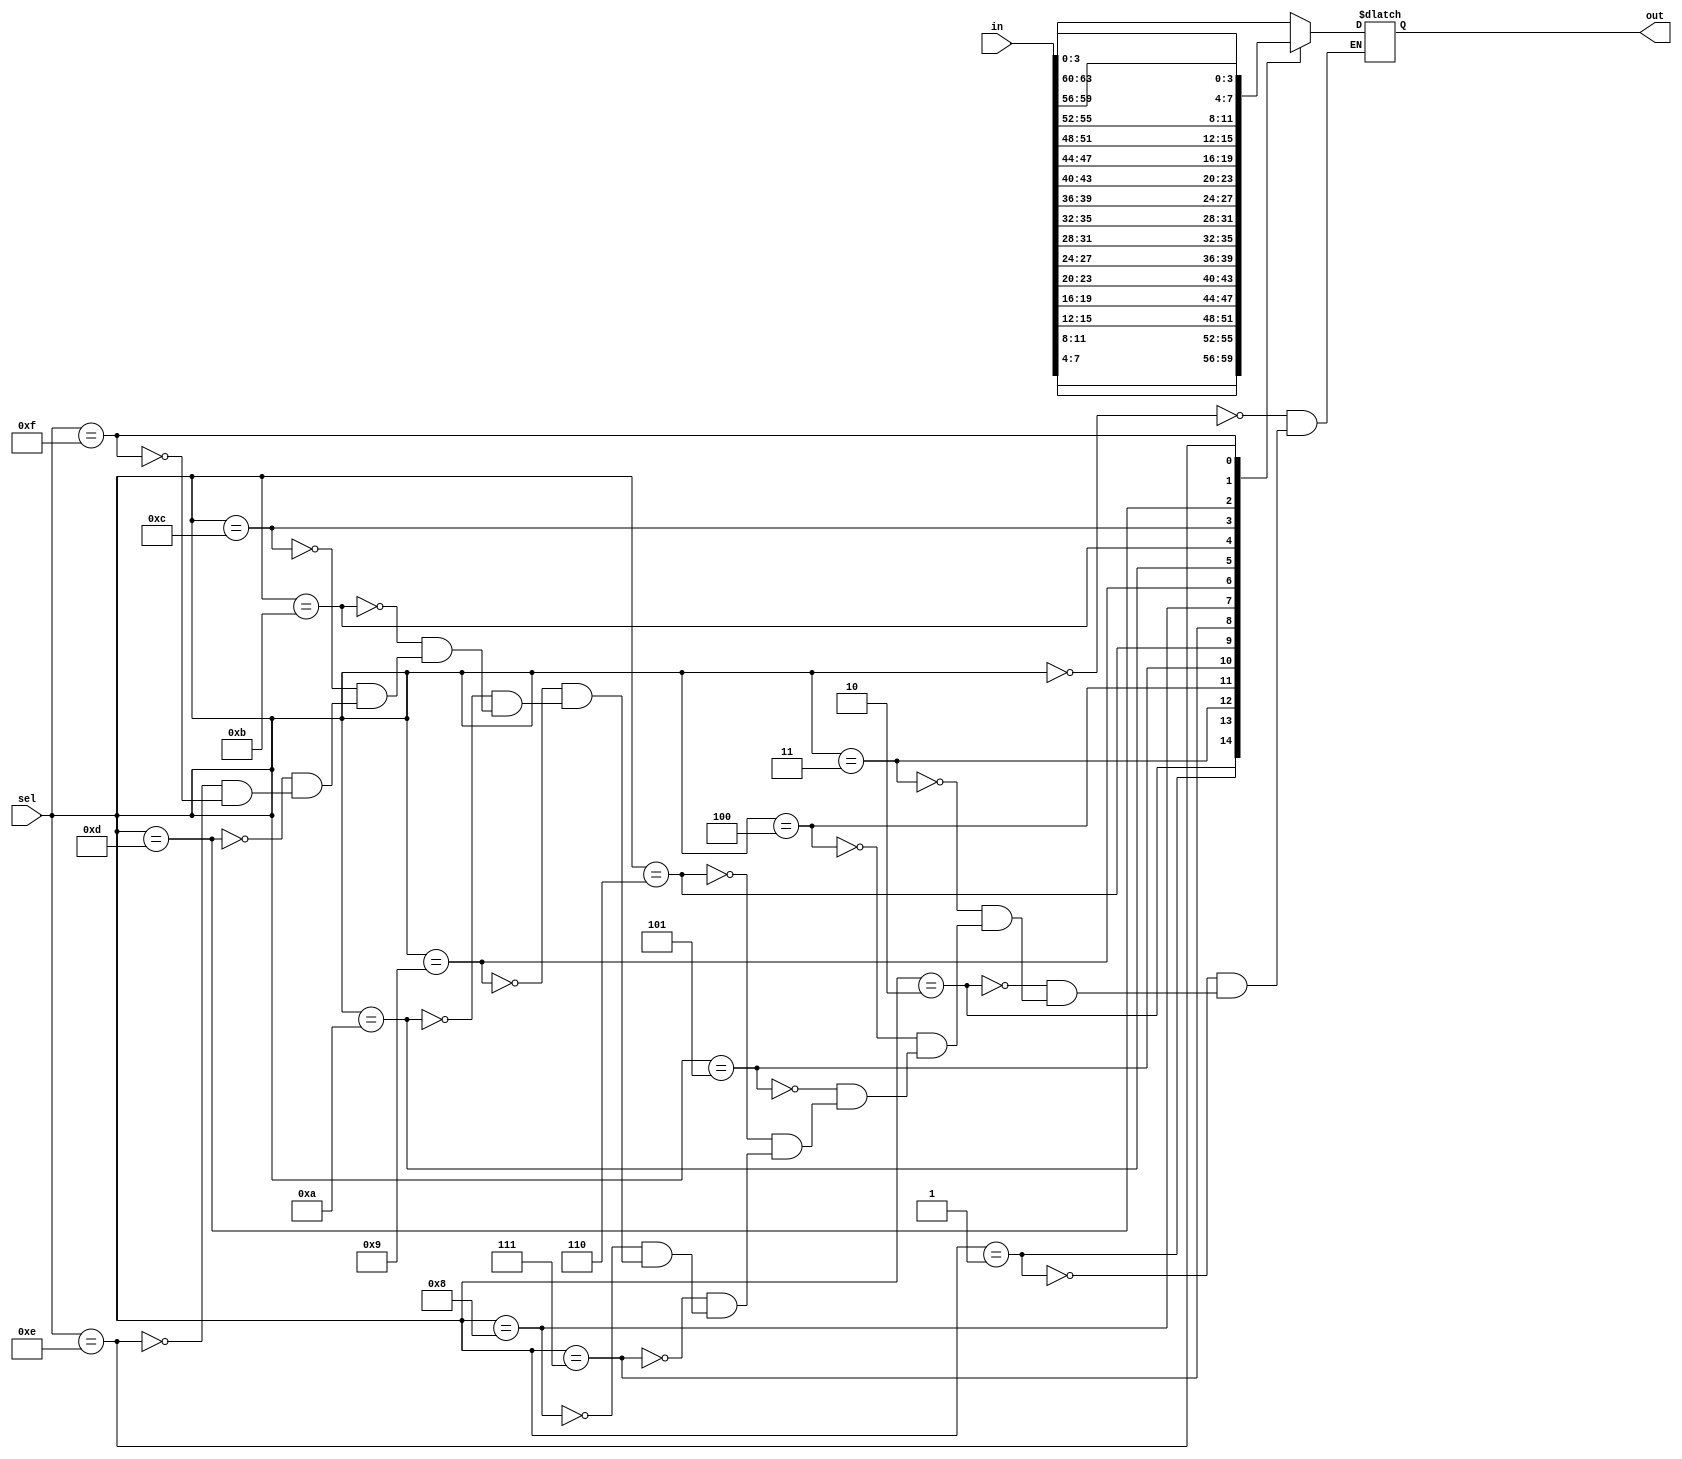
module top_module (
  input [1023:0] in,
  input [7:0] sel,
  output [3:0] out
);

  reg [3:0] out_reg;

  always @(sel or in) begin
    case (sel)
      4'b0000: out_reg <= in[3:0];
      4'b0001: out_reg <= in[7:4];
      4'b0010: out_reg <= in[11:8];
      4'b0011: out_reg <= in[15:12];
      4'b0100: out_reg <= in[19:16];
      4'b0101: out_reg <= in[23:20];
      4'b0110: out_reg <= in[27:24];
      4'b0111: out_reg <= in[31:28];
      4'b1000: out_reg <= in[35:32];
      4'b1001: out_reg <= in[39:36];
      4'b1010: out_reg <= in[43:40];
      4'b1011: out_reg <= in[47:44];
      4'b1100: out_reg <= in[51:48];
      4'b1101: out_reg <= in[55:52];
      4'b1110: out_reg <= in[59:56];
      4'b1111: out_reg <= in[63:60];
    endcase
  end

  assign out = out_reg;

endmodule